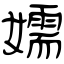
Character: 嬬